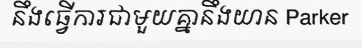
នឹងធ្វើការជាមួយគ្នានឹងយាន Parker